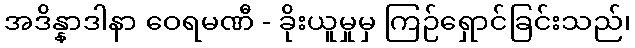
အဒိန္နာဒါနာ ဝေရမဏီ - ခိုးယူမှုမှ ကြဉ်ရှောင်ခြင်းသည်၊